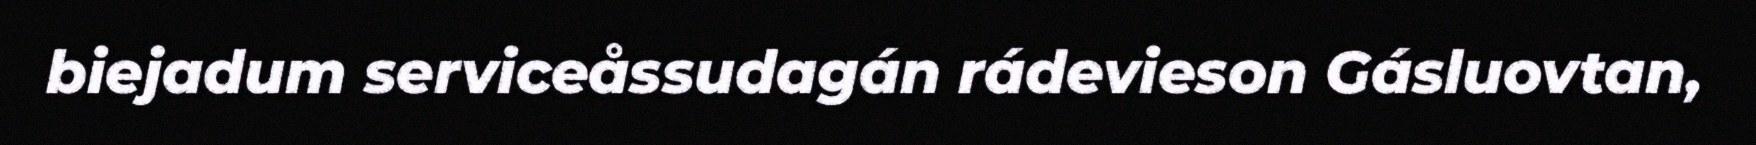
biejadum serviceåssudagán rádevieson Gásluovtan,